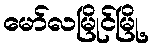
မော်လမြိုင်မြို့